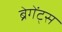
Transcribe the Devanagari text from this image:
ब्रेगेंट्स